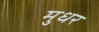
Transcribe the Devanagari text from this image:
मुधर